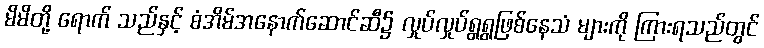
မိမိတို့ ရောက် သည်နှင့် စံအိမ်အနောက်ဆောင်ဆီ၌ လှုပ်လှုပ်ရွရွဖြစ်နေသံ များကို ကြားရသည်တွင်